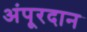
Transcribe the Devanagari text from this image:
अंपूरदान